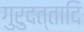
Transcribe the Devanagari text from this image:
गुरुदत्तादि